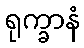
ရုက္ခာနံ